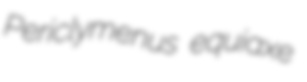
Periclymenus equiaxe